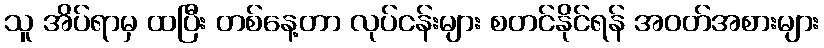
သူ အိပ်ရာမှ ထပြီး တစ်နေ့တာ လုပ်ငန်းများ စတင်နိုင်ရန် အဝတ်အစားများ